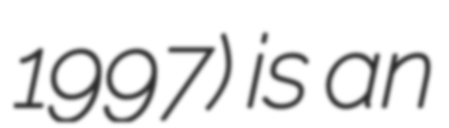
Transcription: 1997) is an